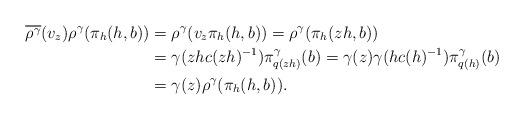
LaTeX: \begin{align*}\overline{\rho^\gamma}(v_z)\rho^\gamma(\pi_h(h,b))&=\rho^\gamma(v_z\pi_h(h,b))=\rho^\gamma(\pi_h(zh,b))\\&=\gamma(zhc(zh)^{-1})\pi^\gamma_{q(zh)}(b)=\gamma(z)\gamma(hc(h)^{-1})\pi^\gamma_{q(h)}(b)\\&=\gamma(z)\rho^\gamma(\pi_h(h,b)).\end{align*}